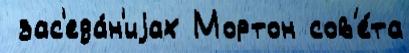
 зас'еда́н'иjах Мортон сов'е́та